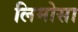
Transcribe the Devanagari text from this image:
लिमोसा